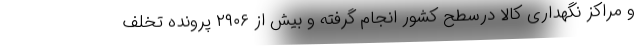
و مراکز نگهداری کالا درسطح کشور انجام گرفته و بیش از ۲۹۰۶ پرونده تخلف